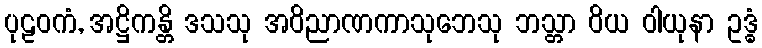
ပုဠဝကံ, အဋ္ဌိကန္တိ ဒသသု အဝိညာဏကာသုဘေသု ဘသ္တာ ဝိယ ဝါယုနာ ဥဒ္ဓံ